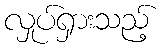
လှုပ်ရှားသည့်